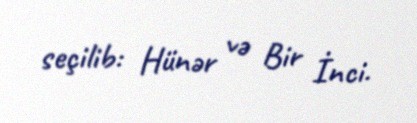
seçilib: Hünər və Bir İnci.